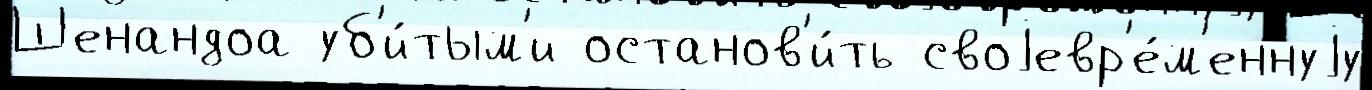
Шенандоа уб'и́тым'и останов'и́ть своjевр'е́м'еннуjу